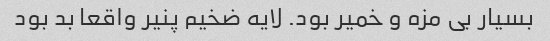
بسیار بی مزه و خمیر بود. لایه ضخیم پنیر واقعا بد بود